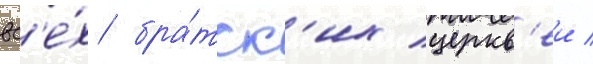
вс'е́х бра́тск'их церкв'еи /